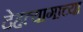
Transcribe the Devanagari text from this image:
देहत्यागाच्या